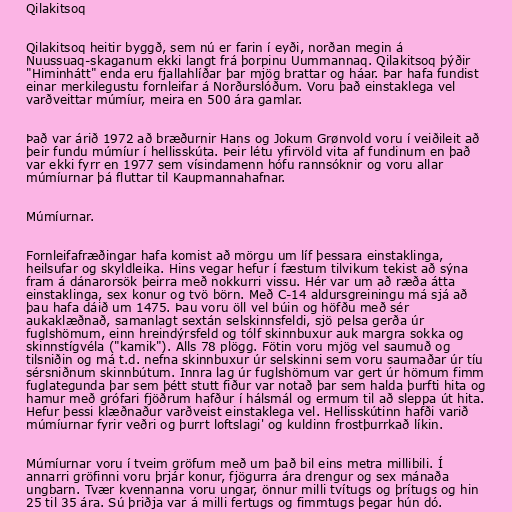
Qilakitsoq

Qilakitsoq heitir byggð, sem nú er farin í eyði, norðan megin á
Nuussuaq-skaganum ekki langt frá þorpinu Uummannaq. Qilakitsoq þýðir
"Himinhátt" enda eru fjallahlíðar þar mjög brattar og háar. Þar hafa fundist
einar merkilegustu fornleifar á Norðurslóðum. Voru það einstaklega vel
varðveittar múmíur, meira en 500 ára gamlar.

Það var árið 1972 að bræðurnir Hans og Jokum Grønvold voru í veiðileit að
þeir fundu múmíur í hellisskúta. Þeir létu yfirvöld vita af fundinum en það
var ekki fyrr en 1977 sem vísindamenn hófu rannsóknir og voru allar
múmíurnar þá fluttar til Kaupmannahafnar.

Múmíurnar.

Fornleifafræðingar hafa komist að mörgu um líf þessara einstaklinga,
heilsufar og skyldleika. Hins vegar hefur í fæstum tilvikum tekist að sýna
fram á dánarorsök þeirra með nokkurri vissu. Hér var um að ræða átta
einstaklinga, sex konur og tvö börn. Með C-14 aldursgreiningu má sjá að
þau hafa dáið um 1475. Þau voru öll vel búin og höfðu með sér
aukaklæðnað, samanlagt sextán selskinnsfeldi, sjö pelsa gerða úr
fuglshömum, einn hreindýrsfeld og tólf skinnbuxur auk margra sokka og
skinnstígvéla ("kamik"). Alls 78 plögg. Fötin voru mjög vel saumuð og
tilsniðin og má t.d. nefna skinnbuxur úr selskinni sem voru saumaðar úr tíu
sérsniðnum skinnbútum. Innra lag úr fuglshömum var gert úr hömum fimm
fuglategunda þar sem þétt stutt fiður var notað þar sem halda þurfti hita og
hamur með grófari fjöðrum hafður í hálsmál og ermum til að sleppa út hita.
Hefur þessi klæðnaður varðveist einstaklega vel. Hellisskútinn hafði varið
múmíurnar fyrir veðri og þurrt loftslagi' og kuldinn frostþurrkað líkin.

Múmíurnar voru í tveim gröfum með um það bil eins metra millibili. Í
annarri gröfinni voru þrjár konur, fjögurra ára drengur og sex mánaða
ungbarn. Tvær kvennanna voru ungar, önnur milli tvítugs og þrítugs og hin
25 til 35 ára. Sú þriðja var á milli fertugs og fimmtugs þegar hún dó.